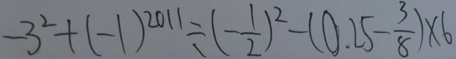
- 3 ^ { 2 } + ( - 1 ) ^ { 2 0 1 1 } \div ( - \frac { 1 } { 2 } ) ^ { 2 } - ( 0 . 2 5 - \frac { 3 } { 8 } ) \times 6